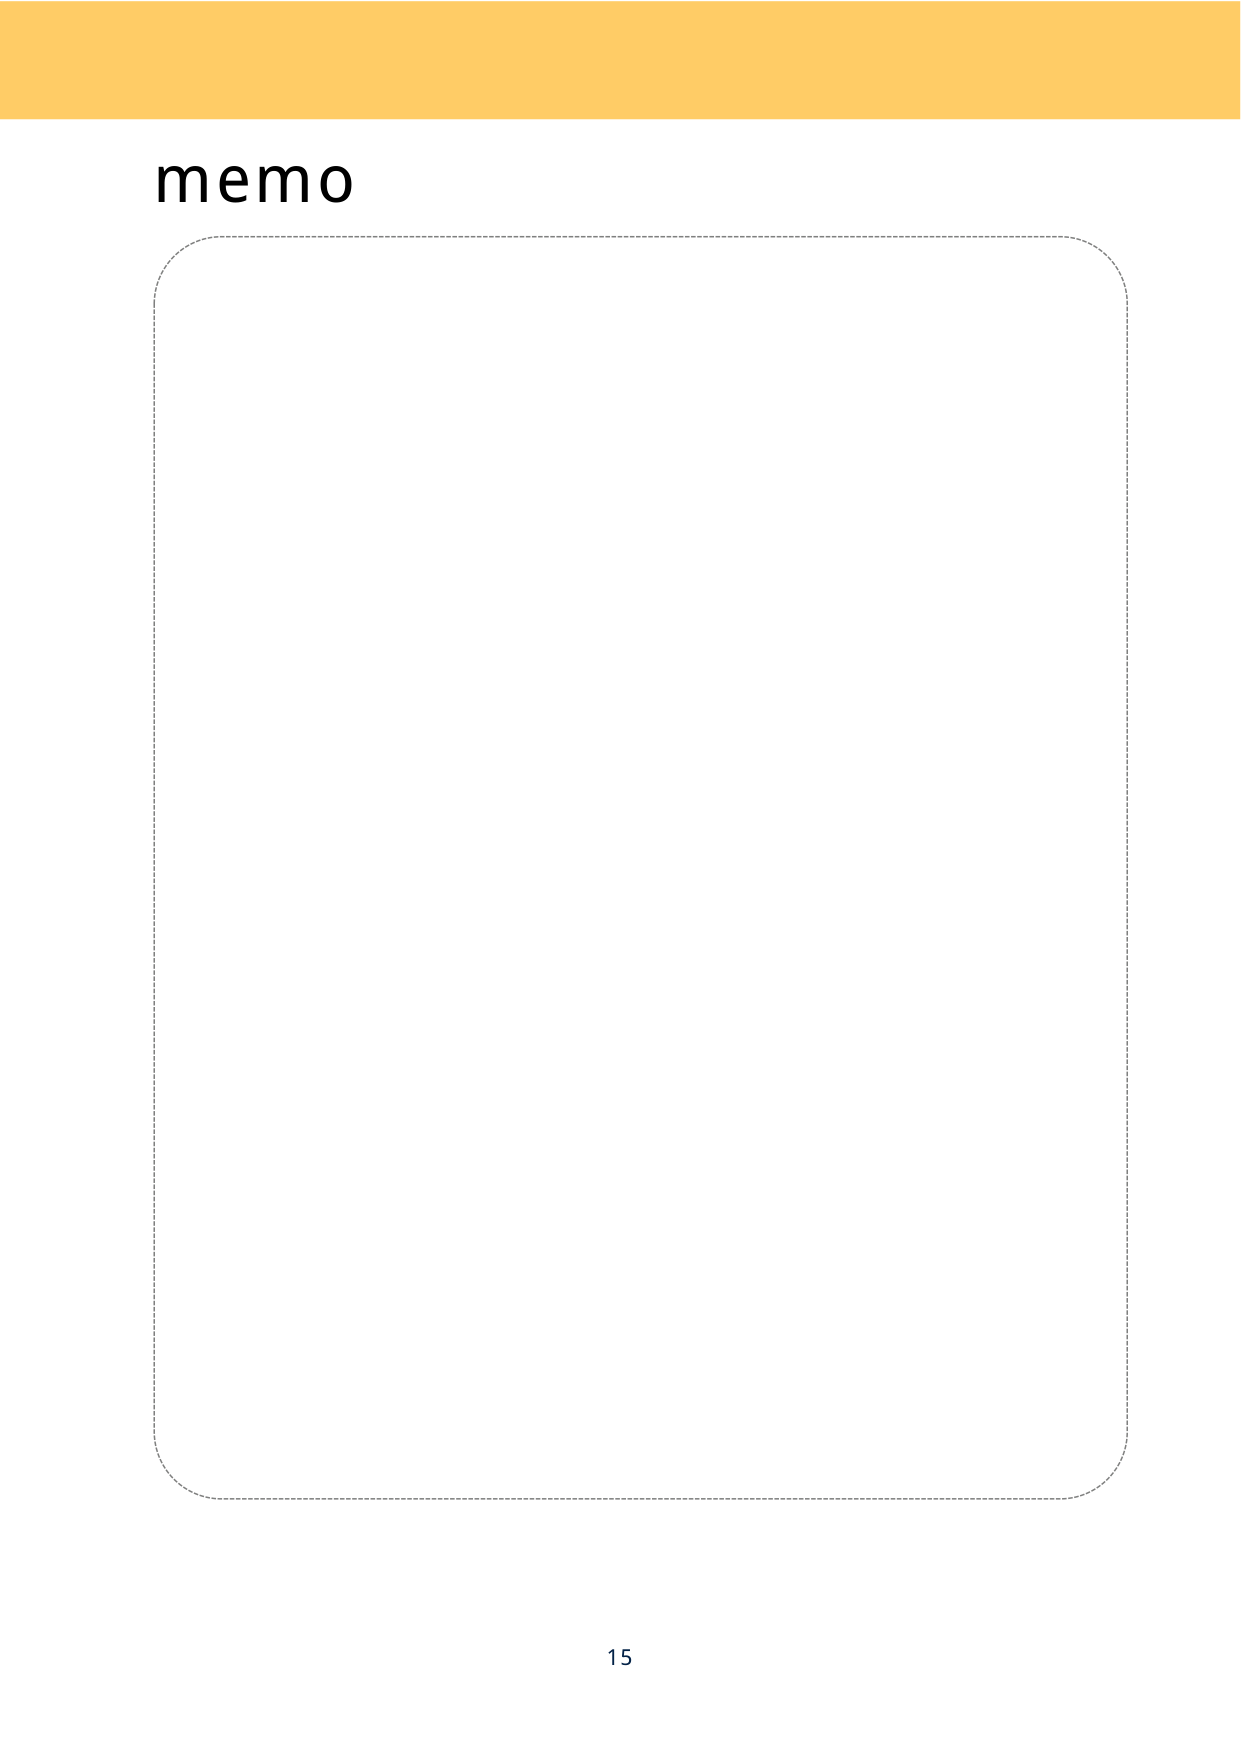
memo
15